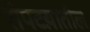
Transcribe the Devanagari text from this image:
रोपटय़ातील